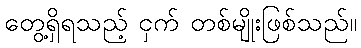
တွေ့ရှိရသည့် ငှက် တစ်မျိုးဖြစ်သည်။